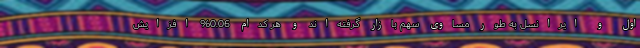
اول و ایرانسل به طور مساوی سهم بازار گرفته‌اند و هر کدام 0.06% افزایش